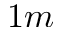
1 m